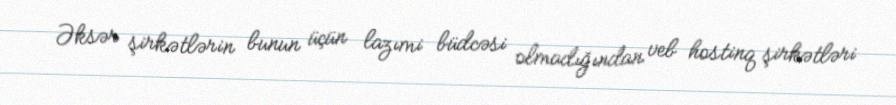
Əksər şirkətlərin bunun üçün lazımi büdcəsi olmadığından veb hostinq şirkətləri